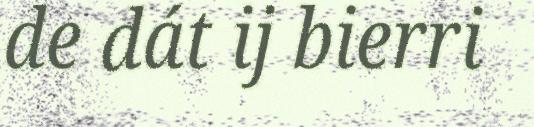
de dát ij bierri